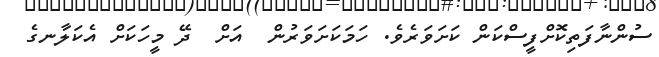
ސުންނާފަތިކޮށްފީސްކަން ކަށަވަރެވެ. ހަމަކަށަވަރުން  އަށް  ދޭ މީހަކަށް އެކަލާނގެ